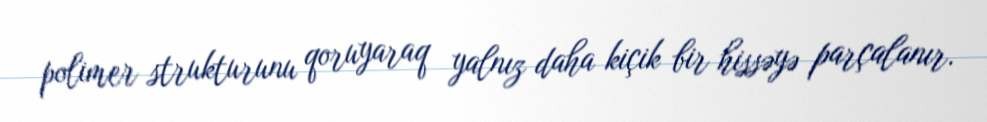
polimer strukturunu qoruyaraq yalnız daha kiçik bir hissəyə parçalanır.